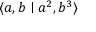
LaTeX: \langle a , b \mid a ^ { 2 } , b ^ { 3 } \rangle